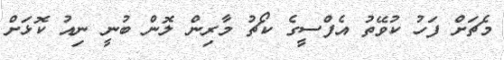
މެޗަށް ފަހު ކުވޭތު އެފްސީގެ ކޯޗު މާރިން ލޮން ބުނީ ނިއު ކޮޅަށް